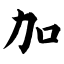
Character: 加